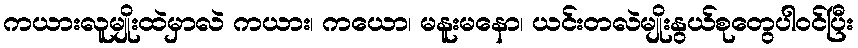
ကယားလူမျိုးထဲမှာလဲ ကယား၊ ကယော၊ မနူးမနော၊ ယင်းတလဲမျိုးနွယ်စုတွေပါဝင်ပြီး